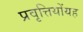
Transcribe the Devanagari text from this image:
प्रवृत्तियोंयह